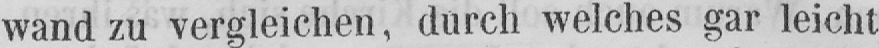
wand zu vergleichen, durch welches gar leicht